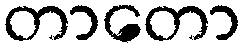
တာတော